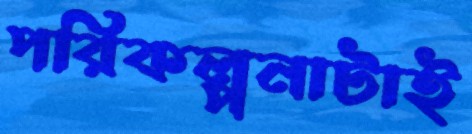
পরিকল্পনাটাই